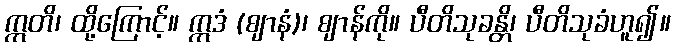
ဣတိ၊ ထို့ကြောင့်။ ဣဒံ (ဈာနံ)၊ ဈာန်ကို။ ပီတိသုခန္တိ၊ ပီတိသုခံဟူ၍။